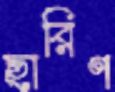
ছারিণ